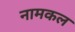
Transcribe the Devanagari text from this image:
नामकल